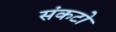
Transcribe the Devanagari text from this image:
संकटो